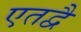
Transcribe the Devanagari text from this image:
एतद्वै